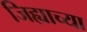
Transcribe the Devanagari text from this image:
जिह्याच्‍या